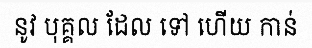
នូវ បុគ្គល ដែល ទៅ ហើយ កាន់